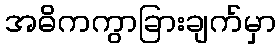
အဓိကကွာခြားချက်မှာ